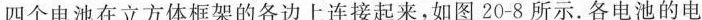
四个电池在立方体框架的各边上连接起来，如图20-8所示。各电池的电